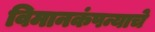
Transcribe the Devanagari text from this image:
विमानकंपन्याचे